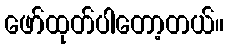
ဖော်ထုတ်ပါတော့တယ်။